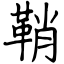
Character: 鞘